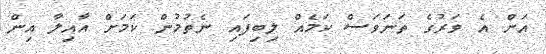
އަށް އެ ވަރުގެ ތަނަވަސް ކަމެއް ލިބިފައި ނެތުމުން ކަމަށް އާއިލާ އިން